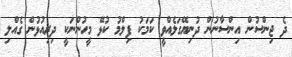
ދެ ޖިންސުން އިންސާނުން ދުނިޔޭގަލެއްވީ ކަމަކު ފިލްމު ކުޅޭ މީހުންނަކީ ދިރިއުޅުން ގެއްލި